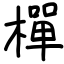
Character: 樿